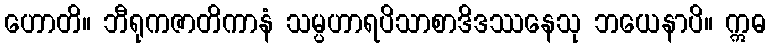
ဟောတိ။ ဘီရုကဇာတိကာနံ သမ္ပဟာရပိသာစာဒိဒဿနေသု ဘယေနာပိ။ ဣဓ